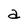
Character: a